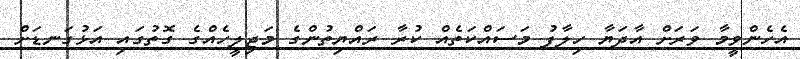
އެހެންވީމާ ވަރަށް އާދަޔާ ހިލާފު މަސައްކަތެއް ކުރާ ރައްޔިތުންގެ މަޖިލީހެއްގެ ގޮތުގައި އަޅުގަނޑަށް